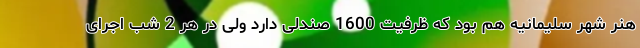
هنر شهر سلیمانیه هم بود که ظرفیت 1600 صندلی دارد ولی در هر 2 شب اجرای